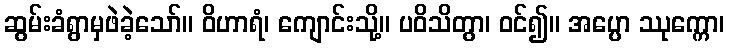
ဆွမ်းခံရွာမှဖဲခဲ့သော်။ ဝိဟာရံ၊ ကျောင်းသို့။ ပဝိသိတွာ၊ ဝင်၍။ အပ္ပော ဿုက္ကော၊